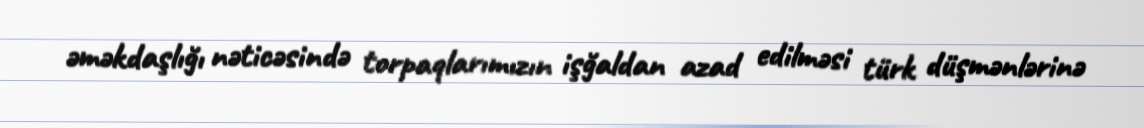
əməkdaşlığı nəticəsində torpaqlarımızın işğaldan azad edilməsi türk düşmənlərinə